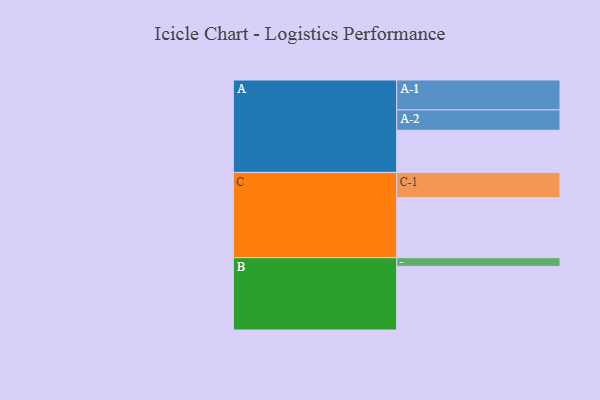
{"axis": {"x": "Segment", "y": "Value"}, "legend": ["", "A", "B", "C"], "data": [{"x": "A", "y": 390, "type": ""}, {"x": "B", "y": 589, "type": ""}, {"x": "C", "y": 555, "type": ""}, {"x": "A-1", "y": 276, "type": "A"}, {"x": "A-2", "y": 189, "type": "A"}, {"x": "B-1", "y": 80, "type": "B"}, {"x": "C-1", "y": 234, "type": "C"}]}